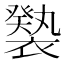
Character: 𧝚